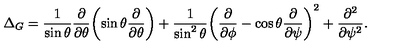
\Delta _ { G } = \frac 1 { \sin \theta } \frac { \partial } { \partial \theta } \biggl ( \sin \theta \frac { \partial } { \partial \theta } \biggr ) + \frac 1 { \sin ^ { 2 } \theta } \biggl ( \frac { \partial } { \partial \phi } - \cos \theta \frac { \partial } { \partial \psi } \biggr ) ^ { 2 } + \frac { \partial ^ { 2 } } { \partial \psi ^ { 2 } } .